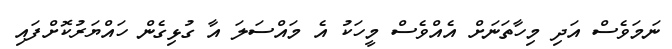
ނަމަވެސް އަދި މިހާތަނަށް އެއްވެސް މީހަކު އެ މައްސަލަ އާ ގުޅިގެން ހައްޔަރުކޮށްފައި